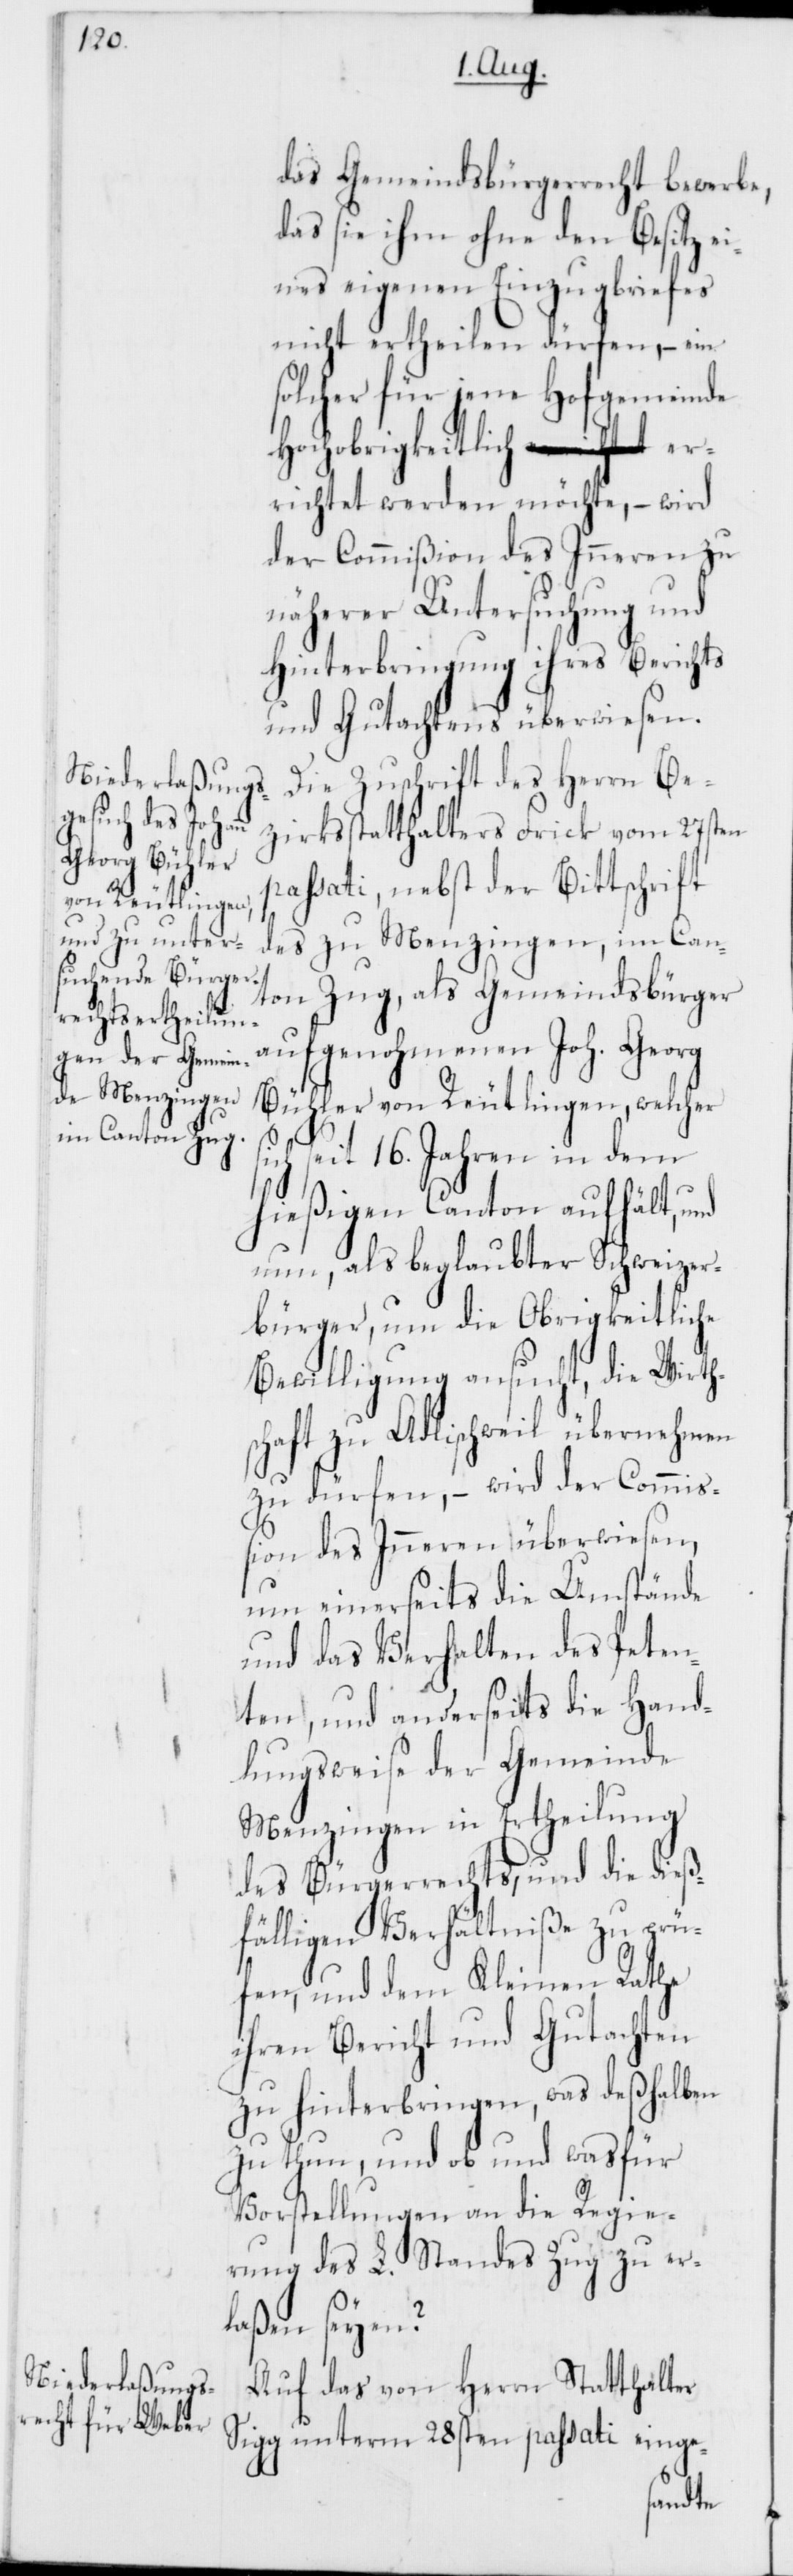
das Gemeindsbürgerrecht bewerbe,
das sie ihm ohne den Besitz ei¬
nes eigenen Einzugsbriefes
nicht ertheilen dürfen, – ein
solcher für jene Hofgemeinde
Hochobrigkeitlich er¬
richtet werden möchte, – wird
der Commißion des Inneren zu
näherer Untersuchung und
Hinterbringung ihres Berichts
und Gutachtens überwiesen.
Die Zuschrift des Herrn Be¬
zirksstatthalters Frick vom 27sten
passati, nebst der Bittschrift
des zu Menzingen, im Can¬
ton Zug, als Gemeindsbürger
aufgenohmenen Joh. Georg
Bühler von Reutlingen, welcher
si¬
ch seit 16. Jahren in dem
hießigen Canton aufhält, und
nun, als beglaubter Schweizer¬
bürger, um die Obrigkeitliche
Bewilligung ansucht, die Wirt¬
schaft zu Adlischweil übernehmen
zu dürfen, – wird der Commi¬
ßion des Inneren überwiesen,
um einerseits die Umstände
und das Verhalten des Peten¬
ten, und anderseits die Hand¬
lungsweise der Gemeinde
Menzingen in Ertheilung
des Bürgerrechts, und die dieß¬
fälligen Verhältniße zu prü¬
fen, und dem Kleinen Rathe
ihren Bericht und Gutachten
zu hinterbringen, was deßhalben
zu thun, und ob und was für
Vorstellungen an die Regie¬
rung des L. Standes Zug zu er¬
laßen seyen?
Auf das von Herrn Statthalter
Sigg unterm 28sten passati einge-